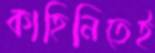
কাহিনিতেই